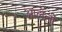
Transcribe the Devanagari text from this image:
आलेलीं